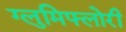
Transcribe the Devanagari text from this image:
ग्लुमिफ्लोरी